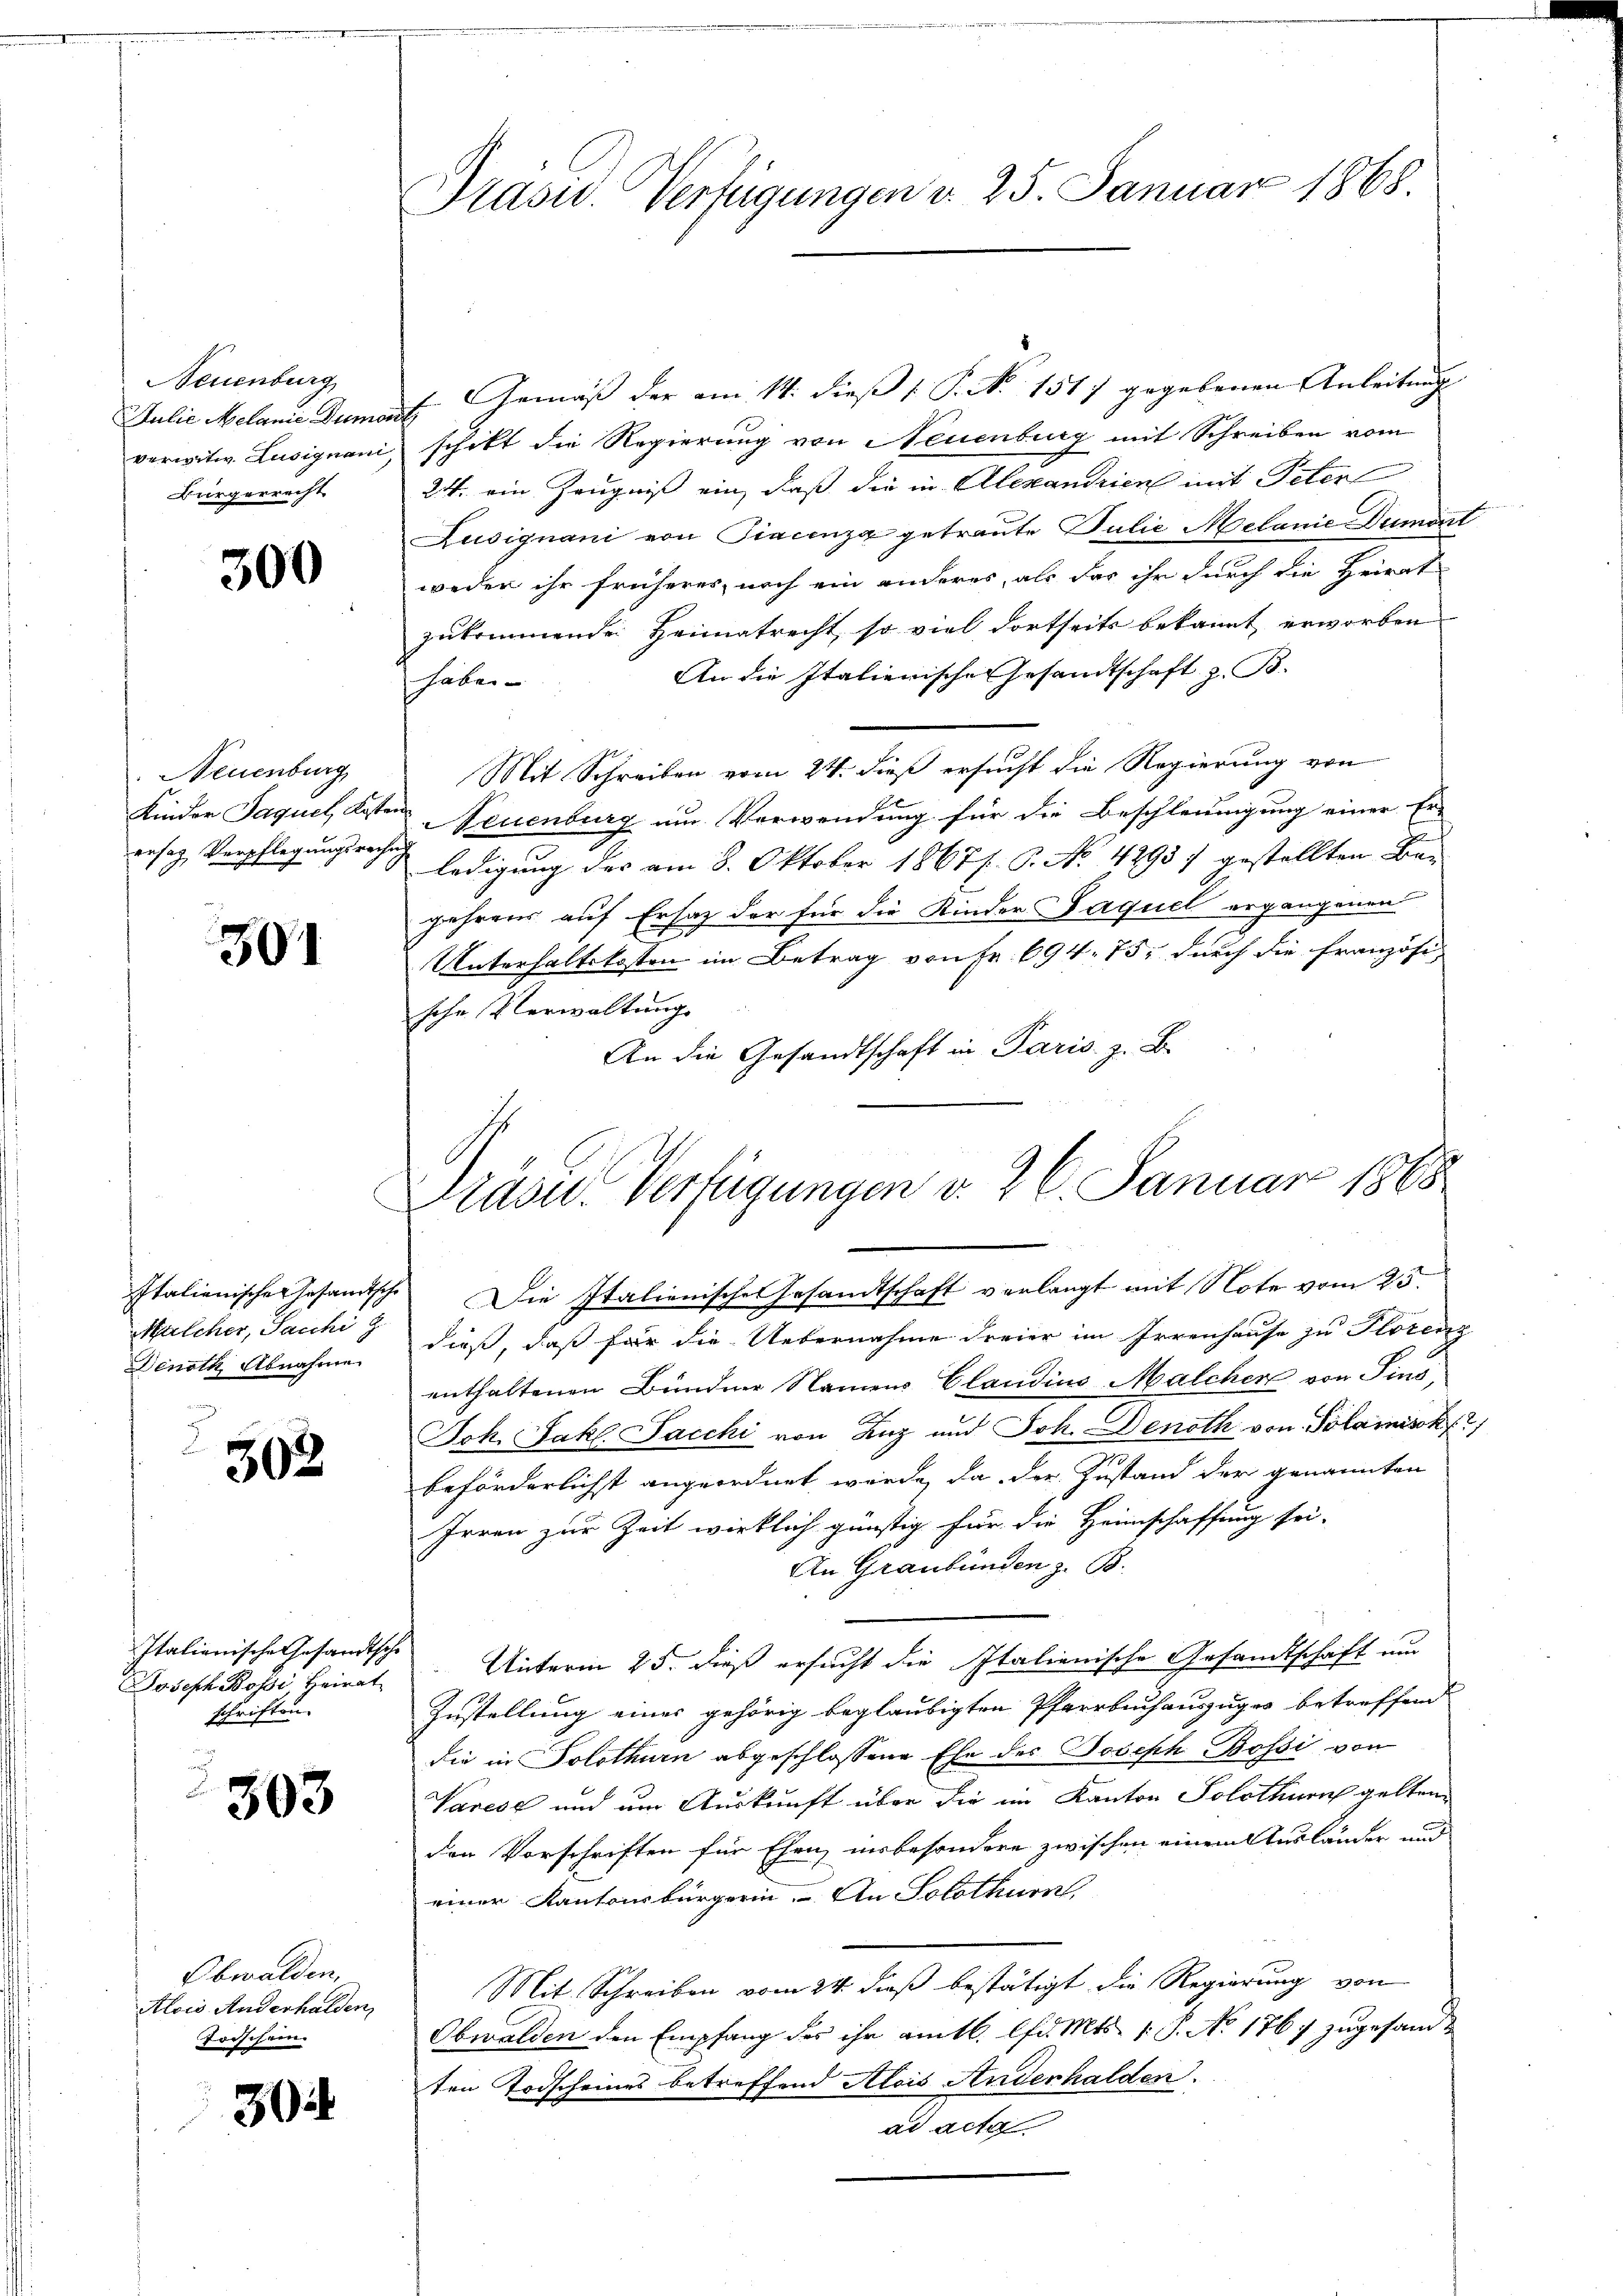
Neuenburg
Bürgerrecht

300

Neuenburg
ersatz, Verpflegungsrechung

301

Italienischer Gesandtsche
Malcher, Jacchi g
Denoth Abnahme

302

Italianische Gesandtsche
Joseph Bossi, Heirat
schriften.

303

Obwalden,
Alois Anderhalden
Forschein.

30

Präsid. Verfügungen d. 25. Januar 1868.

Julie Melanie Dumont. Gemäß der am 14. dieß ( P. No. 1517 gegebenen Anleitung
verwitw. Lusignani schikt die Regierung von Neuenburg mit Schreiben vom
24. ein Zeugniß ein, daß die in Alexandrien mit Peter
Lusignani von Fiacenza getraute Julie Melanie Dumont
weder ihr früheres, noch ein anderes, als das ihr durch die Heirat
zukommnende Heimatrecht, so viel dortseits bekannt erworben
An die Italienische Gesandtschaft z. B.
haben- |
Mit Schreiben vom 24. dieß ersucht die Regierung von
Kinder Jaquel, Kosten Neuenburg um Verwendung für die Beschleunigung einer Er-
ledigung der am 8. Oktober 1867/. C. No. 42937 gestellten Begehrens auf Ersatz der für die Kinder Jaquel ergangenen
Unterhaltskosten im Betrag von Fr. 694. 75, durch die Französi-
sche Verwaltungs
An die Gesandtschaft in Paris. z. B.

Pradu- Verfügungen d. 26. Januar 1868
Die Italienische Gesandtschaft verlangt mit Note vom 25.

dieß, daß für die Uebernahme dreier im Irrenhause zu Florenz
enthaltenen Bündner Namens Claudius Malcher von Pins,
Joh. Jak. Jacchi von Zug und Joh. Denoth von Polamisch
beförderlichst angeordnet werde, da der Zustand der genannten
Irren zur Zeit wirklich günstig für die Heimschaffung sei-
An Graubünden z. B.
Unterm 25. dieß ersucht die Italienische Gesandtschaft um
Zustellung eines gehörig beglaubigten Pfarrbuchauszuges betreffend
die in Solothurn abgeschlossene Ehe des Joseph Bossi von
Vares und um Auskunft über die im Kanton Solothurn gelten.
den Vorschriften für Ehen, insbesondere zwischen einem Ausländer und
einer Kantonsbürgerin. An Solothurn,
Mit Schreiben vom 24. daß bestätigt die Regierung von
Obwalden den Empfang des ihr amtl. lfd. Mts. 1. P. No 1767 zugesandten Todscheines betreffend Alois Anderhalden.
ad acta